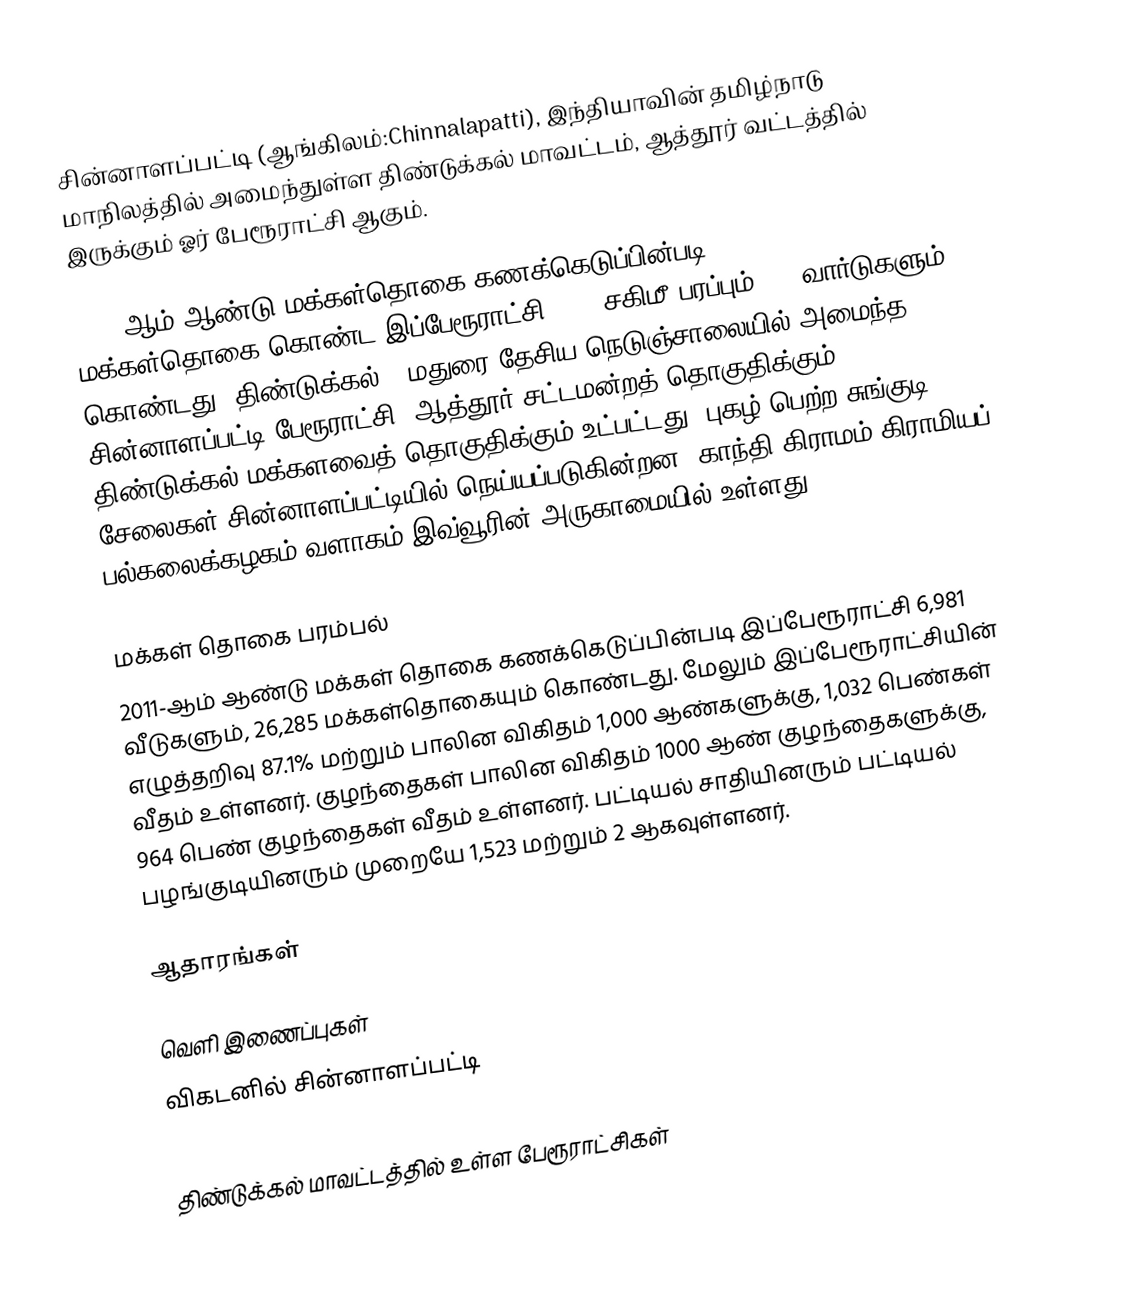
சின்னாளப்பட்டி (ஆங்கிலம்:Chinnalapatti), இந்தியாவின் தமிழ்நாடு மாநிலத்தில் அமைந்துள்ள திண்டுக்கல் மாவட்டம், ஆத்தூர் வட்டத்தில் இருக்கும் ஓர் பேரூராட்சி ஆகும்.

2011-ஆம் ஆண்டு மக்கள்தொகை கணக்கெடுப்பின்படி, 26,227  மக்கள்தொகை கொண்ட இப்பேரூராட்சி, 4.5 சகிமீ பரப்பும், 18 வார்டுகளும் கொண்டது. திண்டுக்கல் – மதுரை தேசிய நெடுஞ்சாலையில் அமைந்த சின்னாளப்பட்டி பேரூராட்சி, ஆத்தூர் சட்டமன்றத் தொகுதிக்கும், திண்டுக்கல் மக்களவைத் தொகுதிக்கும் உட்பட்டது. புகழ் பெற்ற சுங்குடி சேலைகள் சின்னாளப்பட்டியில் நெய்யப்படுகின்றன.   காந்தி கிராமம் கிராமியப் பல்கலைக்கழகம் வளாகம் இவ்வூரின் அருகாமையில் உள்ளது.

மக்கள் தொகை பரம்பல்
2011-ஆம் ஆண்டு மக்கள் தொகை கணக்கெடுப்பின்படி   இப்பேரூராட்சி  6,981     வீடுகளும்,  26,285 மக்கள்தொகையும் கொண்டது. மேலும் இப்பேரூராட்சியின் எழுத்தறிவு   87.1% மற்றும்  பாலின விகிதம் 1,000 ஆண்களுக்கு, 1,032 பெண்கள் வீதம் உள்ளனர். குழந்தைகள் பாலின விகிதம் 1000 ஆண் குழந்தைகளுக்கு,  964   பெண் குழந்தைகள் வீதம் உள்ளனர். பட்டியல் சாதியினரும் பட்டியல் பழங்குடியினரும்  முறையே 1,523 மற்றும்  2  ஆகவுள்ளனர்.

ஆதாரங்கள்

வெளி இணைப்புகள்
விகடனில் சின்னாளப்பட்டி

திண்டுக்கல் மாவட்டத்தில் உள்ள பேரூராட்சிகள்